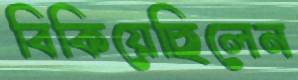
বিকিয়েছিলেন